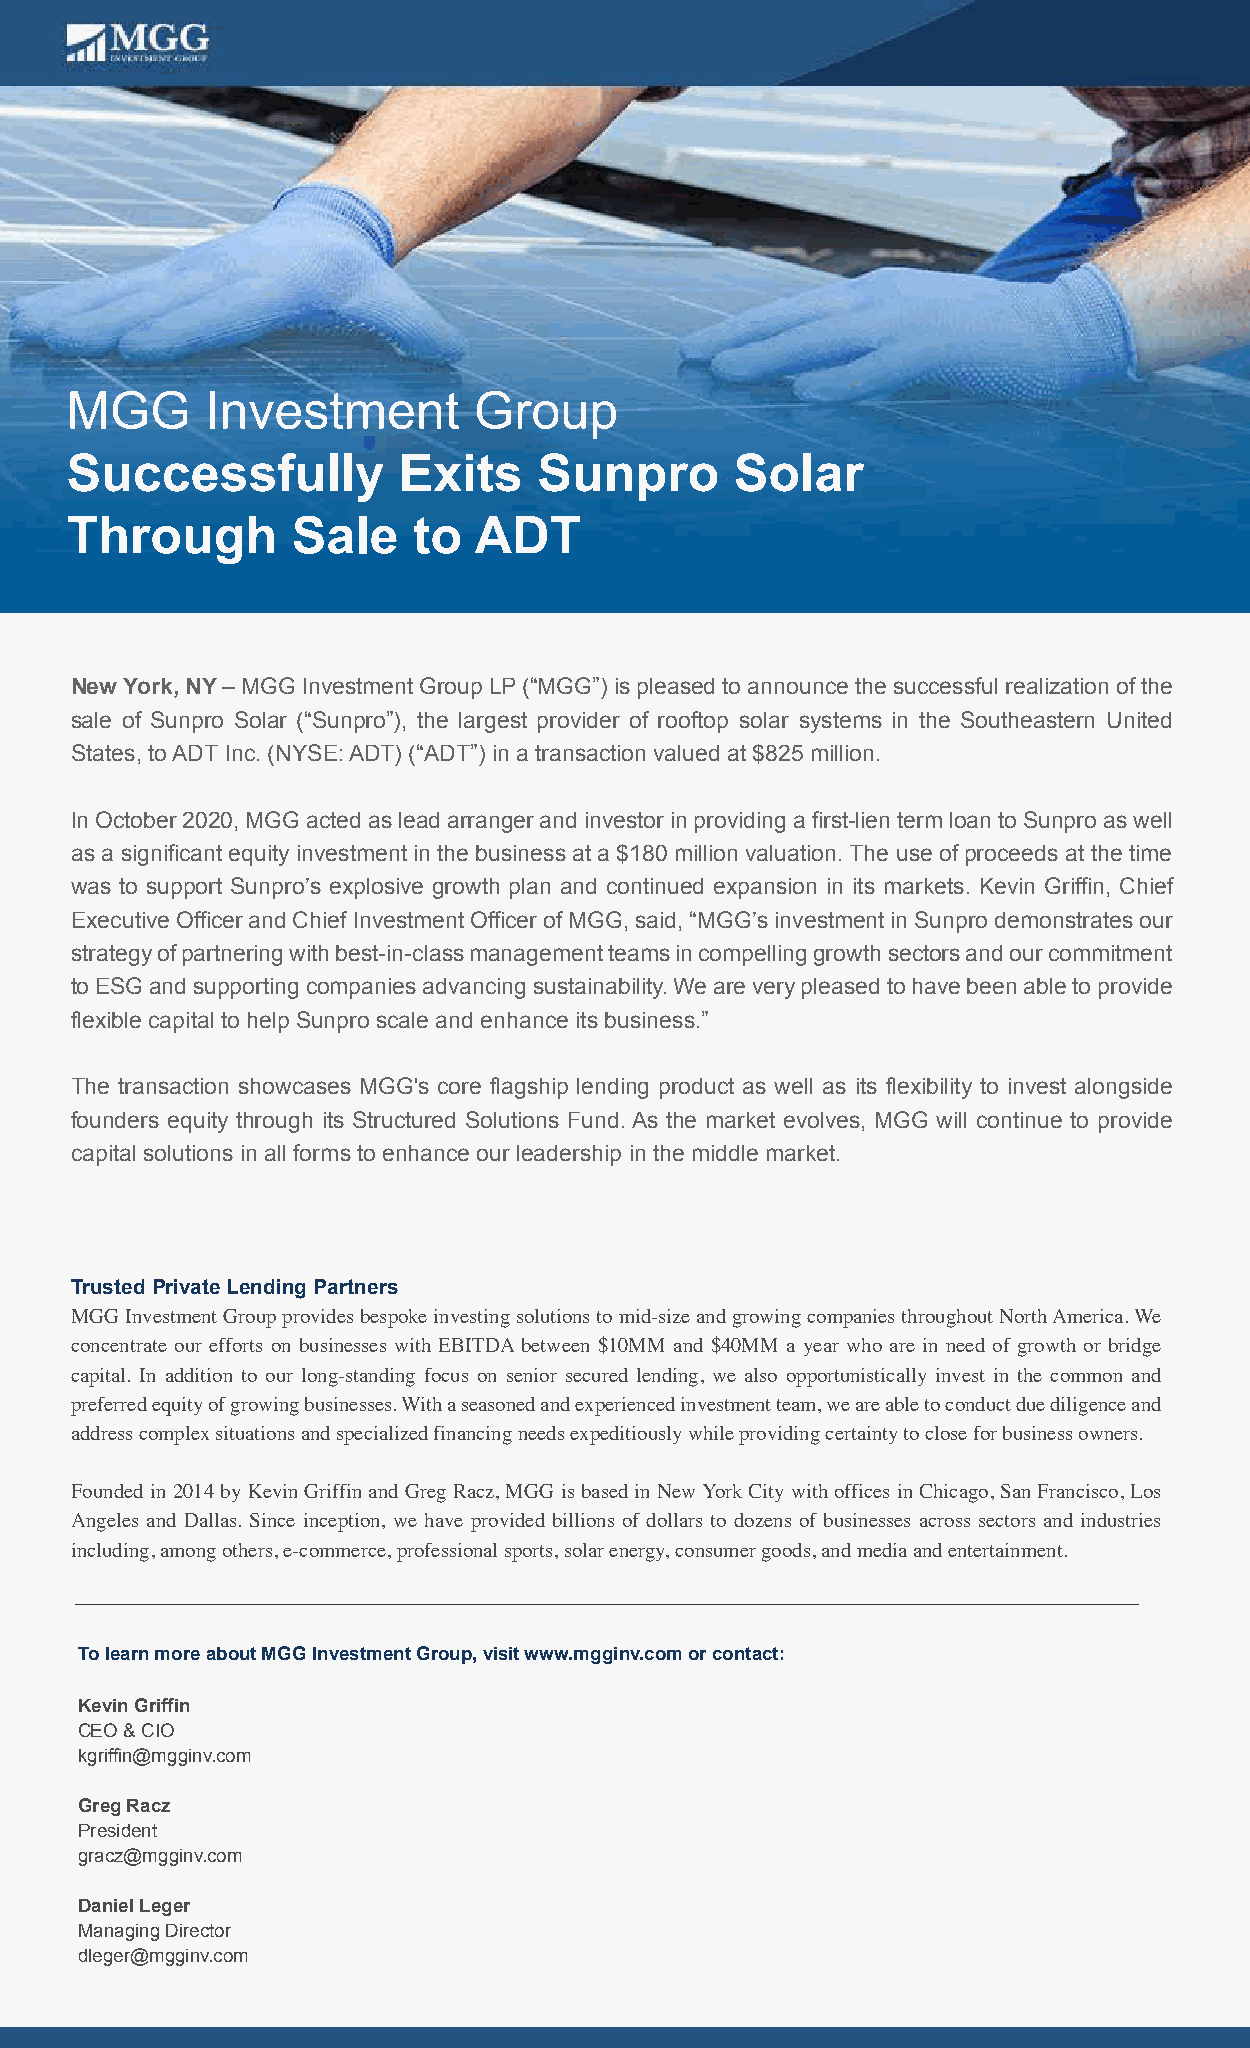
MGG       Investment       Group
 Successfully          Exits     Sunpro       Solar
 Through        Sale    to  ADT
 New York, NY – MGG Investment Group LP (“MGG”) is pleased to announce the successful realization of the
 sale of Sunpro Solar (“Sunpro”), the largest provider of rooftop solar systems in the Southeastern United
 States, to ADT Inc. (NYSE: ADT) (“ADT”) in a transaction valued at $825 million.
 In October 2020, MGG acted as lead arranger and investor in providing a first-lien term loan to Sunpro as well
 as a significant equity investment in the business at a $180 million valuation. The use of proceeds at the time
 was to support Sunpro’s explosive growth plan and continued expansion in its markets. Kevin Griffin, Chief
 Executive Officer and Chief Investment Officer of MGG, said, “MGG’s investment in Sunpro demonstrates our
 strategy of partnering with best-in-class management teams in compelling growth sectors and our commitment
 to ESG and supporting companies advancing sustainability. We are very pleased to have been able to provide
 flexible capital to help Sunpro scale and enhance its business.”
 The transaction showcases MGG's core flagship lending product as well as its flexibility to invest alongside
 founders equity through its Structured Solutions Fund. As the market evolves, MGG will continue to provide
 capital solutions in all forms to enhance our leadership in the middle market.
 Trusted Private Lending Partners
 MGG Investment Group provides bespoke investing solutions to mid-size and growing companies throughout North America. We
 concentrate our efforts on businesses with EBITDA between $10MM and $40MM a year who are in need of growth or bridge
 capital. In addition to our long-standing focus on senior secured lending, we also opportunistically invest in the common and
 preferred equity of growing businesses. With a seasoned and experienced investment team, we are able to conduct due diligence and
 address complex situations and specialized financing needs expeditiously while providing certainty to close for business owners.
 Founded in 2014 by Kevin Griffin and Greg Racz, MGG is based in New York City with offices in Chicago, San Francisco, Los
 Angeles and Dallas. Since inception, we have provided billions of dollars to dozens of businesses across sectors and industries
 including, among others, e-commerce, professional sports, solar energy, consumer goods, and media and entertainment.
 To learn more about MGG Investment Group, visit www.mgginv.com or contact:
 Kevin Griffin
 CEO & CIO
 kgriffin@mgginv.com
 Greg Racz
 President
 gracz@mgginv.com
 Daniel Leger
 Managing Director
 dleger@mgginv.com